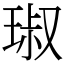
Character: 琡